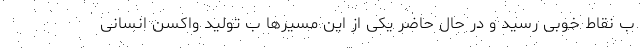
ب نقاط خوبی رسید و در حال حاضر یکی از این مسیرها ب تولید واکسن انسانی